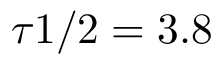
\tau { 1 / 2 } = 3 . 8